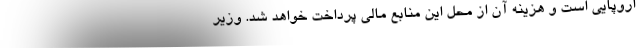
اروپایی است و هزینه آن از محل این منابع مالی پرداخت خواهد شد. وزیر